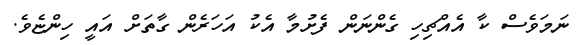
ނަމަވެސް ކާ އެއްޗިހި ގެންނަން ފެށުމާ އެކު އަހަރެން ގާތަށް އައީ ހިންޏެވެ.